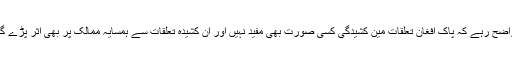
واضح رہے کہ پاک افغان تعلقات مین کشیدگی کسی صورت بھی مفید نہیں اور ان کشیدہ تعلقات سے ہمسایہ ممالک پر بھی اثر پڑے گا۔